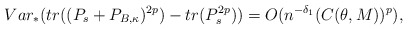
\begin{align*} Var_{*}(tr((P_s+P_{B,\kappa})^{2p})-tr(P_s^{2p}))=O(n^{-\delta_1}(C(\theta,M))^{p}),\end{align*}